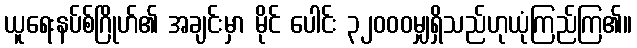
ယူရေးနပ်စ်ဂြိုဟ်၏ အချင်းမှာ မိုင် ပေါင်း ၃၂၀၀၀မျှရှိသည်ဟုယုံကြည်ကြ၏။